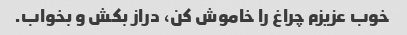
خوب عزیزم چراغ را خاموش کن، دراز بکش و بخواب.